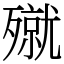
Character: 殧